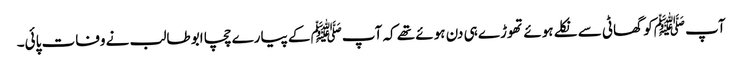
آپ ﷺکو گھاٹی سے نکلے ہوئے تھوڑے ہی دن ہوئے تھے کہ آپﷺ کے پیارے چچا ابو طالب نے وفات پائی۔